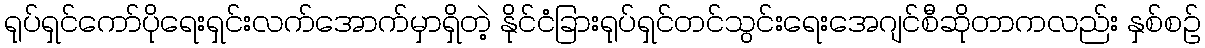
ရုပ်ရှင်ကော်ပိုရေးရှင်းလက်အောက်မှာရှိတဲ့ နိုင်ငံခြားရုပ်ရှင်တင်သွင်းရေးအေဂျင်စီဆိုတာကလည်း နှစ်စဉ်